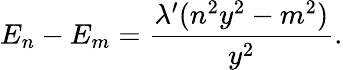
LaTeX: E_{n}-E_{m}=\frac{\lambda^{\prime}(n^{2}y^{2}-m^{2})}{y^{2}}.